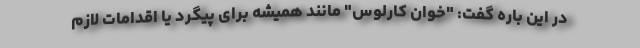
در این باره گفت: "خوان کارلوس" مانند همیشه برای پیگرد یا اقدامات لازم